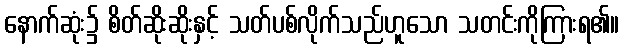
နောက်ဆုံး၌ စိတ်ဆိုးဆိုးနှင့် သတ်ပစ်လိုက်သည်ဟူသော သတင်းကိုကြားရ၏။